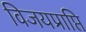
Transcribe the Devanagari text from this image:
विजयप्राप्ति